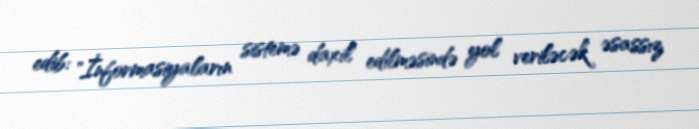
edib: "İnformasiyaların sistemə daxil edilməsində yol veriləcək əsassız